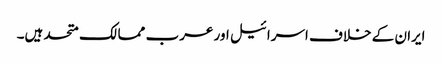
ایران کے خلاف اسرائیل اور عرب ممالک متحد ہیں۔